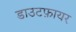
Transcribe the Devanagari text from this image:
डाउटफ़ायर